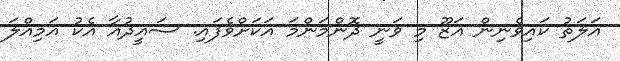
އަލަތު ކައިވެނިން އަޒޫ މި ވަނީ ދޮންމަންމަ އަކަށްވެފައި. ސައީދުއާ އެކު އަމިއްލަ